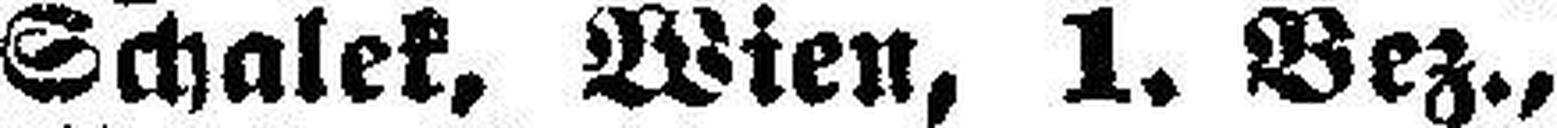
Schalek, Wien, 1. Bez.,